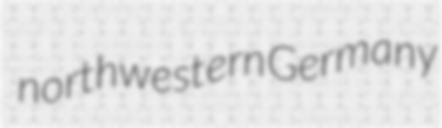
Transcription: northwestern Germany